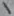
Text: 1